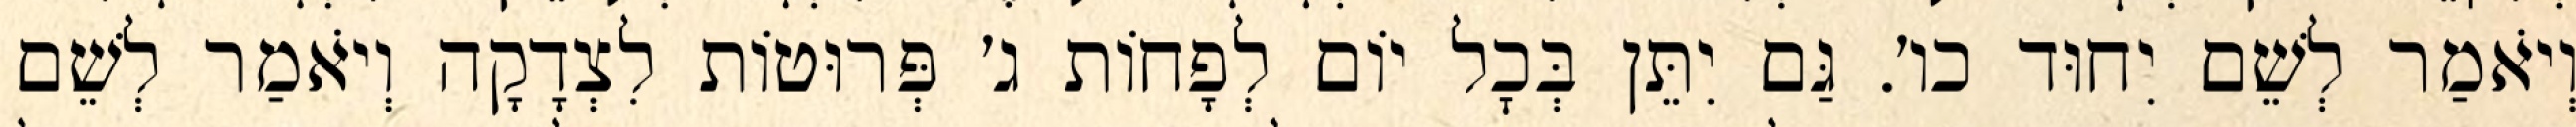
וְיֹאמַר לְשֵׁם יִחוּד כו׳. גַּם יִתֵּן בְּכׇל יוֹם לְפָחוֹת ג׳ פְּרוּטוֹת לִצְדָקָה וְיֹאמַר לְשֵׁם